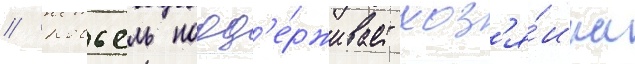
// Ковьель подд'е́рживает хоз'я́ина